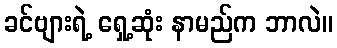
ခင်ဗျားရဲ့ ရှေ့ဆုံး နာမည်က ဘာလဲ။